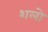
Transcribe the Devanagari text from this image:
शलो